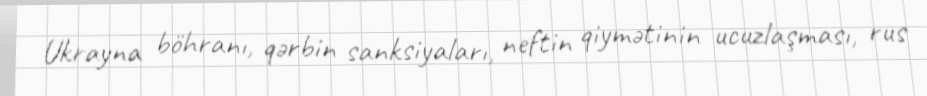
Ukrayna böhranı, qərbin sanksiyaları, neftin qiymətinin ucuzlaşması, rus